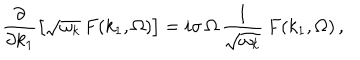
LaTeX: \frac { \partial } { \partial k _ { 1 } } \left[ \sqrt { \omega _ { k } } \, F ( k _ { 1 } , \Omega ) \right] = i \sigma \, \Omega \, \frac { 1 } { \sqrt { \omega _ { k } } } \, F ( k _ { 1 } , \Omega ) \, ,